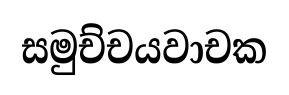
සමුච්චයවාචක